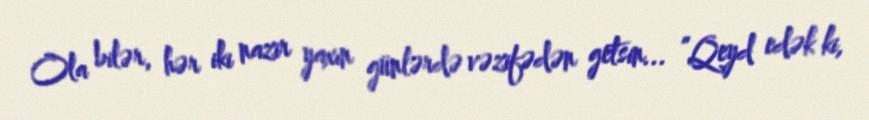
Ola bilər, hər iki nazir yaxın günlərdə vəzifədən getsin... ”Qeyd edək ki,